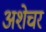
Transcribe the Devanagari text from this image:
अशेचर